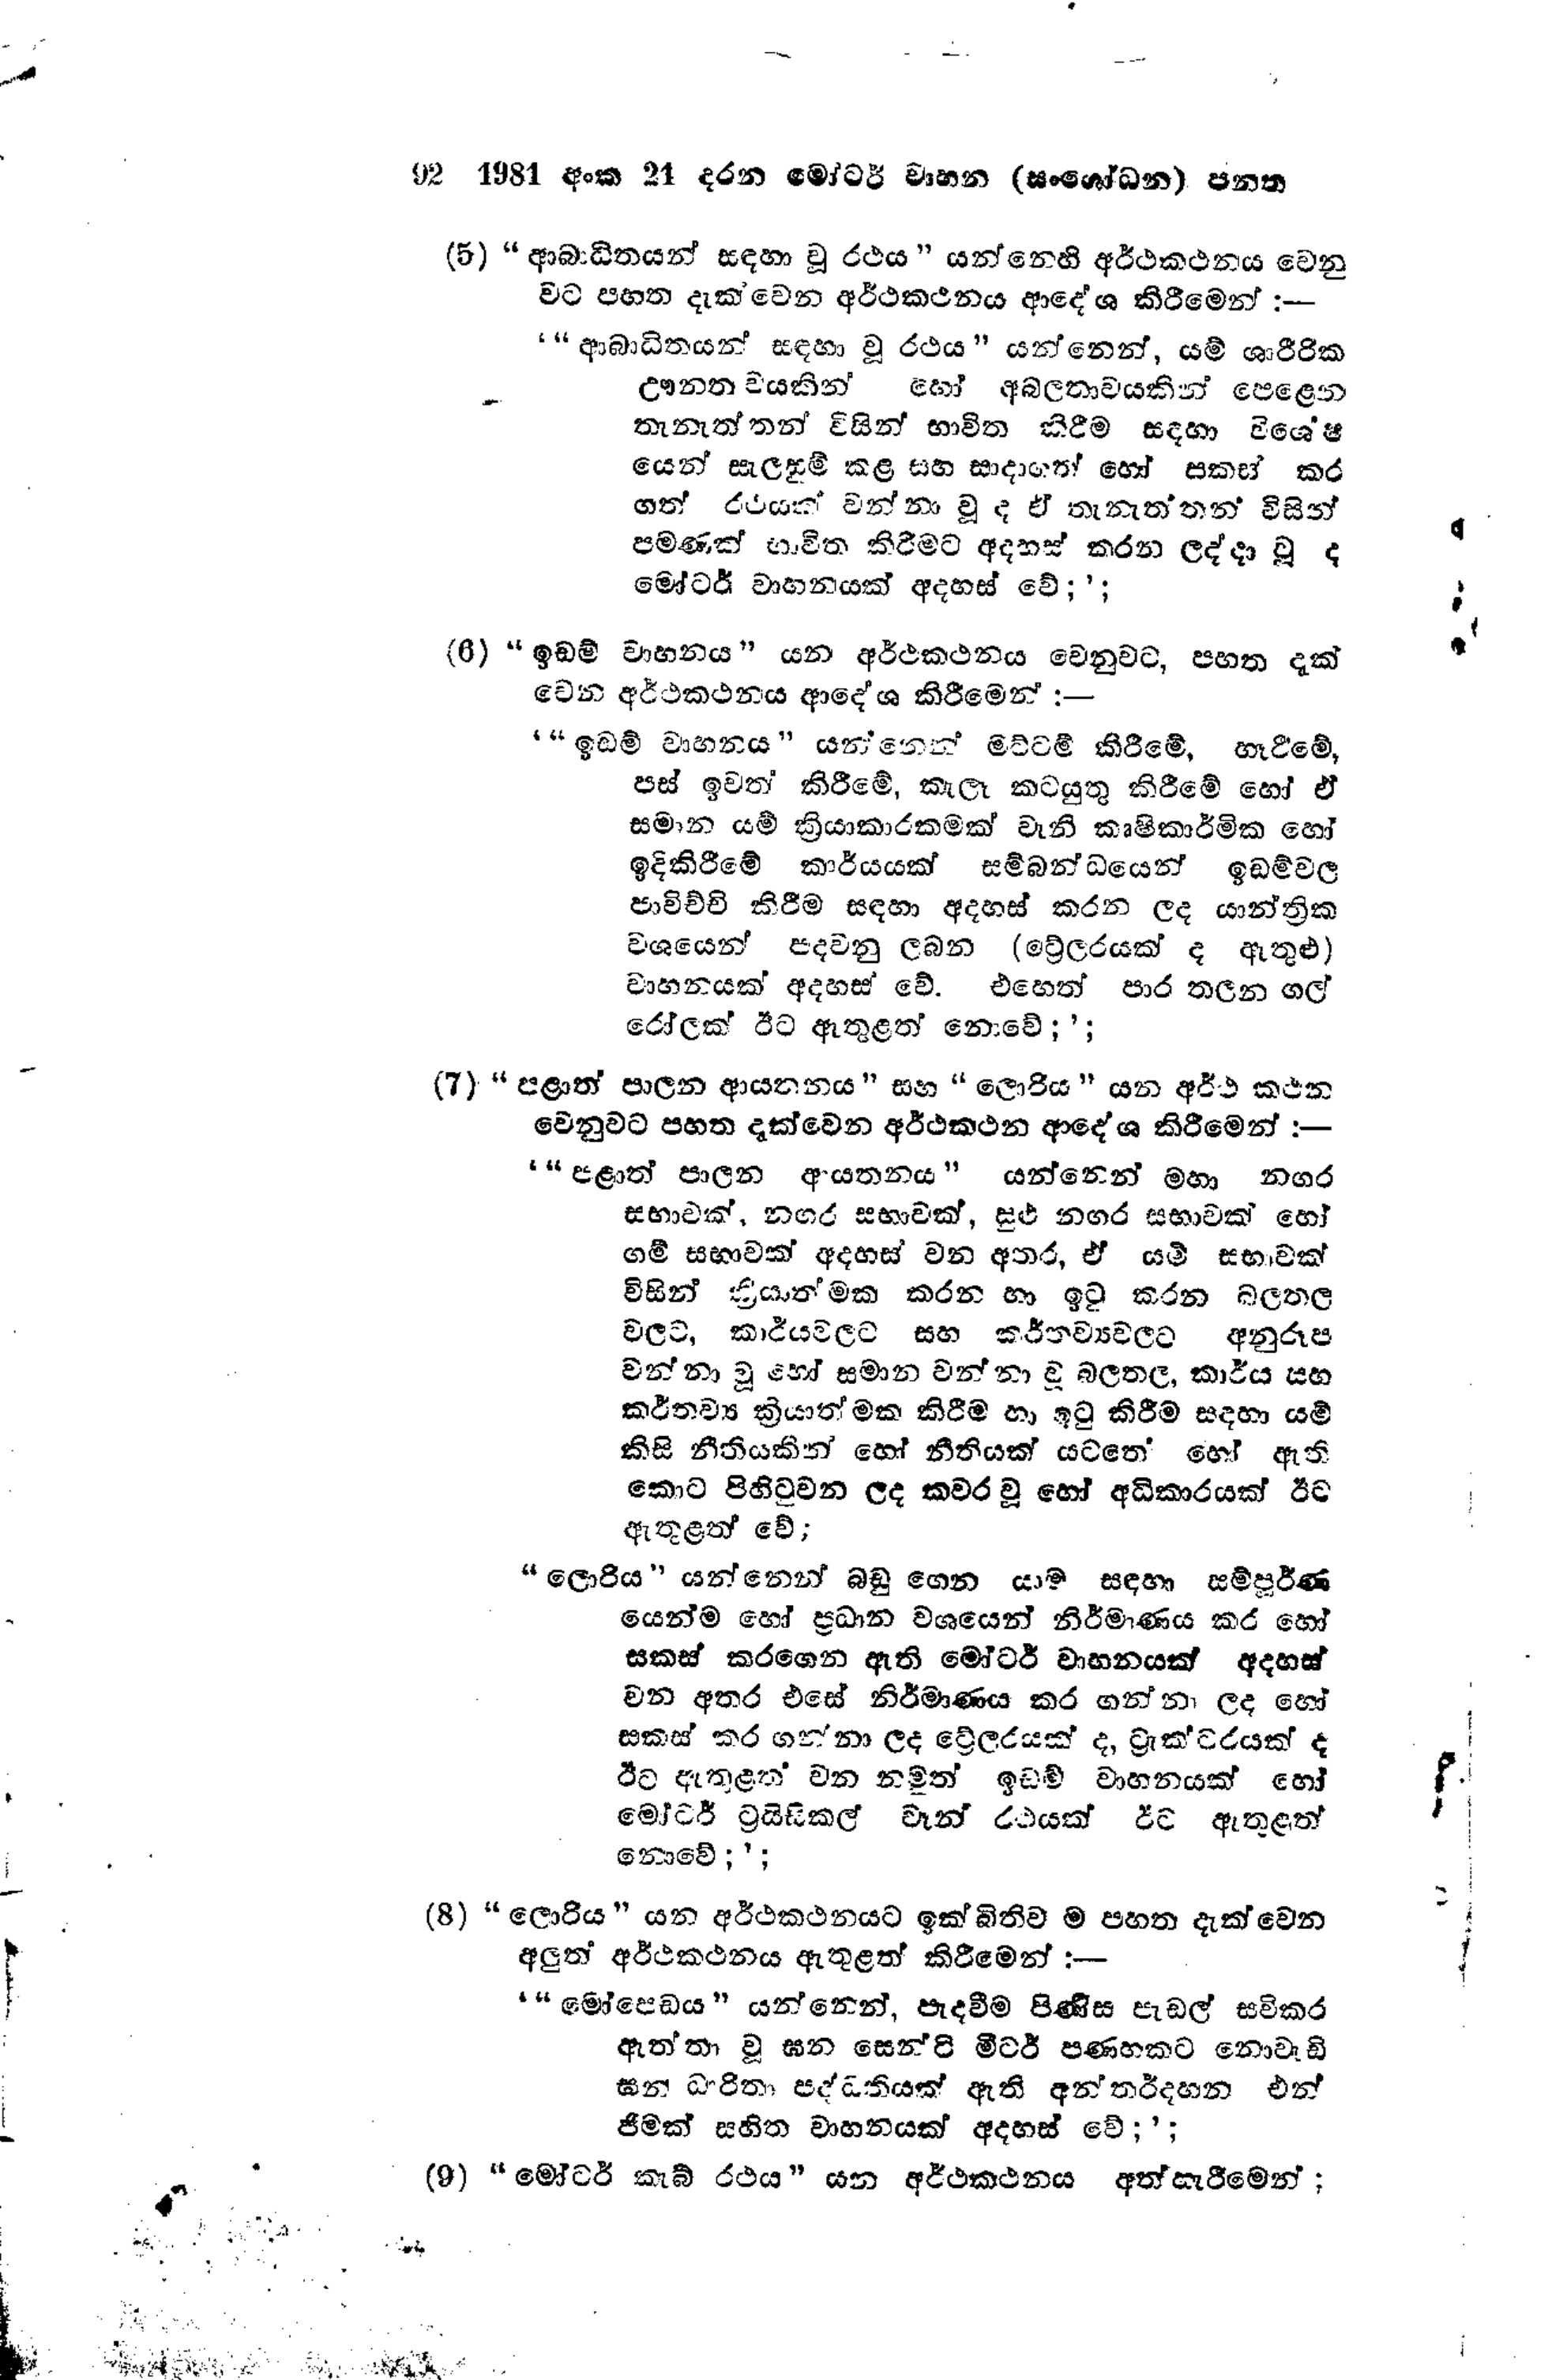
92 1981 අංක 24 දරන මෝටර් වාහන (සංශෝධන) පනත

(5) "ආබාධිතයන් සඳහා වූ රථය " යන්නෙහි අර්ථකථනය වෙනු
වට පහත දැක්වෙන අර්ථකථනය ආදේශ කිරීමෙන් :--

' "ආබාධිතයන් සඳහා වූ රථය " යන්නෙන්, යම් ශාරීරික
ඌනතාවයකින් හෝ අබලතාවයකින් පෙළෙන
තැනැත්තන් විසින් භාවිත කිරීම සඳහා විශේෂ
යෙන් සැලසුම් කළ සහ සාදාගත් හෝ සකස් කර
ගත් රථයක් වන්නා වූද ඒ තැනැත්තන් විසින්
පමණක් භාවිත කිරීමට අදහස් කරන ලද්දා වූ ද
මෝටර් වාහනයක් අදහස් වේ;';

(6) "ඉඩම් වාහනය " යන අර්ථකථනය වෙනුවට, පහත දැක්
වෙන අර්ථකථනය ආදේශ කිරීමෙන් :-

' "ඉඩම් වාහනය " යන්නෙන් මට්ටම් කිරිමේ හෑරීමේ,
පස් ඉවත් කිරීමේ, කැලෑ කටයුතු කිරීමේ හෝ ඒ
සමාන යම් ක්‍රියාකාරකමක් වැනි කෘෂිකාර්මික හෝ
ඉදිකිරීමේ කාර්යයක් සම්බන්ධයෙන් ඉඩම්වල
පාවිච්චි කිරීම සඳහා අදහස් කරන ලද යාන්ත්‍රික
වශයෙන් පදවනු ලබන (ට්‍රේලරයක් ද ඇතුළු)
වාහනයක් අදහස් වේ. එහෙත් පාර තලන ගල්
රෝලක් ඊට ඇතුළත් නොවේ;';

(7) "පළාත් පාලන ආයතනය " සහ "ලොරිය " යන අර්ථ කථන
වෙනුවට පහත දැක්වෙන අර්ථකථන ආදේශ කිරීමෙන් :-
' "පළාත් පාලන ආයතනය" යන්නෙන් මහා නගර
සභාවක්, නගර සභාවක්, සුළු නගර සභාවක් හෝ
ගම් සභාවක් අදහස් වන අතර, ඒ යම් සභාවක්
විසින් ක්‍රියාත්මක කරන හා ඉටු කරන බලතල
වලට, කාර්යවලට සහ කර්තව්‍යවලට අනුරූප
වන්නා වූ හෝ සමාන වන්නා වූ බලතල, කාර්ය සහ
කර්තව්‍ය ක්‍රියාත්මක කිරීම හා ඉටු කිරීම සදහා යම්
කිසි නීතියකින් හෝ නීතියක් යටතේ හෝ ඇති
කොට පිහිටුවන ලද කවර වූ හෝ අධිකාරයක් ඊට
ඇතුළත් වේ;

"ලොරිය" යන්නෙන් බඩු ගෙන යාම සඳහා සම්පූර්ණ
යෙන්ම හෝ ප්‍රධාන වශයෙන් නිර්මාණය කර හෝ
සකස් කරගෙන ඇති මෝටර් වාහනයක් අදහස්
වන අතර එසේ නිර්මාණය කර ගන්නා ලද හෝ
සකස් කර ගන්නා ලද ට්‍රේලරයක් ද, ට්‍රැක්ටරයක් ද
ඊට ඇතුළත් වන නමුත් ඉඩම් වාහනයක් හෝ
මෝටර් ට්‍රයිසිකල් වෑන් රථයක් ඊට ඇතුළත්
නොවේ;';

(8) “ලොරිය " යන අර්ථකථනයට ඉක්බිතිව ම පහත දැක්වෙන
අලුත් අර්ථකථනය ඇතුළත් කිරීමෙන් :-
"මෝපෙඩය " යන්නෙන්, පැදවීම පිණිස පැඩල් සවිකර
ඇත්තා වූ ඝන සෙන්ටි මීටර් පණහකට නොවැඩි
ඝන් ධාරිතා පද්ධතියක් ඇති අන්තර්දහන එන්
ජිමක් සහිත වාහනයක් අදහස් වේ;';

(9)“මෝටර් කැබ් රථය " යන අර්ථකථනය අත් හැරීමෙන්;